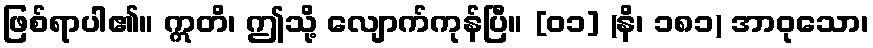
ဖြစ်ရာပါ၏။ ဣတိ၊ ဤသို့ လျောက်ကုန်ပြီ။ [၀၁] (နိ၊ ၁၈၁) အာဝုသော၊